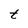
Character: t